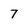
Character: 7